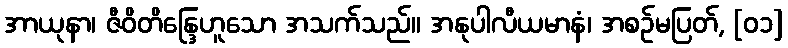
အာယုနာ၊ ဇီဝိတိန္ဒြေဟူသော အသက်သည်။ အနုပါလီယမာနံ၊ အစဉ်မပြတ်, [၀၁]